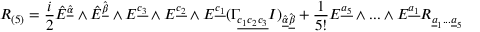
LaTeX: R _ { ( 5 ) } = { \frac { i } { 2 } } \hat { E } ^ { \hat { \underline { { \alpha } } } } \wedge \hat { E } ^ { \hat { \underline { { \beta } } } } \wedge E ^ { { \underline { { { c _ { 3 } } } } } } \wedge E ^ { { \underline { { { c _ { 2 } } } } } } \wedge E ^ { { \underline { { { c _ { 1 } } } } } } ( \Gamma _ { { \underline { { { c _ { 1 } c _ { 2 } c _ { 3 } } } } } } I ) _ { \hat { \underline { { { \alpha } } } } \hat { \underline { { { \beta } } } } } + { \frac { 1 } { 5 ! } } E ^ { { \underline { { { a _ { 5 } } } } } } \wedge . . . \wedge E ^ { { \underline { { { a _ { 1 } } } } } } R _ { \underline { { { a } } } _ { 1 } . . . \underline { { { a } } } _ { 5 } }